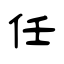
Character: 任